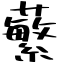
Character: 蘩